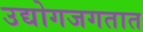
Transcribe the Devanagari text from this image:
उद्योगजगतात